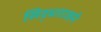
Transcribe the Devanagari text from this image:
सिद्धराजने